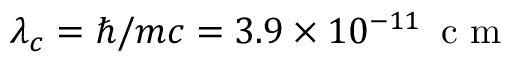
\lambda _ { c } = \hbar / m c = 3 . 9 \times 1 0 ^ { - 1 1 } \, \mathrm { ~ c ~ m ~ }